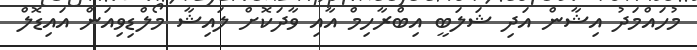
މުހައްމަދު އިޝާާން އަދި ޝަލަބީ އިބްރާހިމް އާއި ވާދަކޮށް ލައިޝާ މޯލްޑިވިއަން އައިޑޮލް